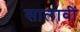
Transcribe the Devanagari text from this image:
सालावीं